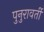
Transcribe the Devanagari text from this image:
पुनुरावर्ती